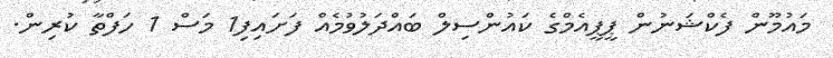
މައުމޫން ފެކްޝަނުން ޕީޕީއެމްގެ ކައުންސިލް ބައްދަލުވުމެއް ފަށައިފި1 މަސް 1 ހަފްތާ ކުރިން.